Leprosy in India: report of the Leprosy Commission in India, 1890-91
Year: 1890
Disease focus: Leprosy
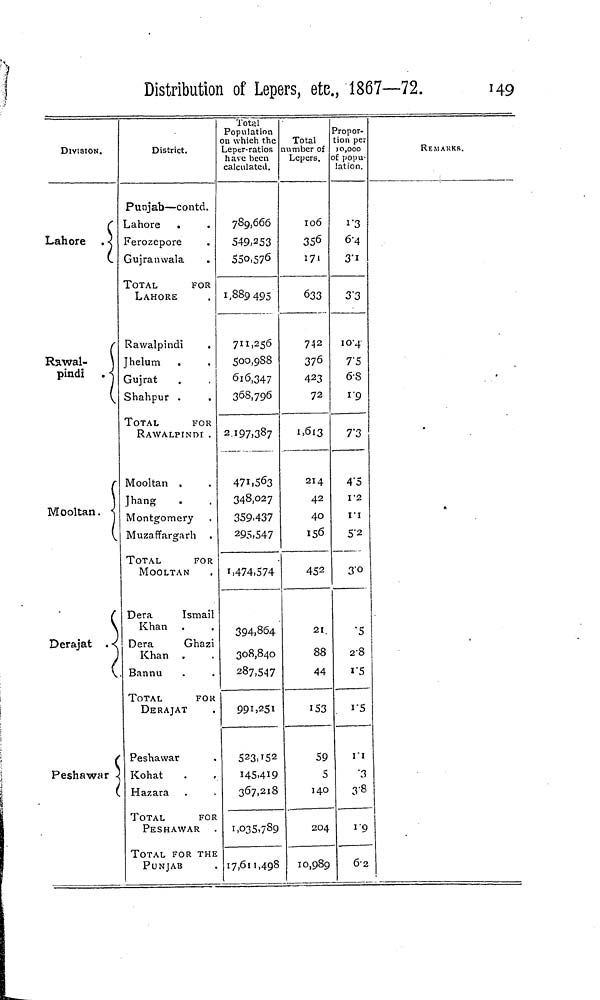
Distribution of Lepers, etc, 1867—72.
149
DIVISION.
Lahore
Rawal-
pindi
Mooltan.
Derajat
Peshawar
District.
Punjab—contd.
Lahore
Ferozepore
Gujranwala
TOTAL
FOR
LAHORE
Rawalpindi
Jhelum
Gujrat
Shahpur
TOTAL
FOR
RAWALPINDI
Mooltan
Jhang
Montgomery
Muzaffargarh
TOTAL
FOR
MOOLTAN
Dera
Ismail
Khan
Dera
Ghazi
Khan
Bannu
TOTAL
FOR
DERAJAT
Peshawar
Kohat
Hazara
TOTAL
FOR
PESHAWAR
TOTAL FOR THE
PUNJAB
Total
Population
on which the
Leper-ratios
have been
calculated.
789,666
549,253
550,576
1,889 495
711,256
500,988
616,347
368,796
2.197,387
471,563
348,027
359.437
295,547
1,474,574
394,864
308,840
287,547
991,251
523,152
145,419
367,218
1,035,789
17,611,498
Total
number of
Lepers.
106
356
171
633
742
376
423
72
1,613
214
42
40
156
452
21
88
44
153
59
5
140
204
10,989
Propor-
tion per
10,000
of popu-
lation.
13
6.4
3.1
3.3
10.4
7.5
6.8
1.9
7.3
4.5
1.2
1.1
5.2
3.0
5
2.8
1.5
1.5
1.1
3
3.8
1.9
6.2
REMARKS.